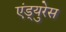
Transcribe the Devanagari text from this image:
एंड्युरेस